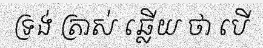
ទ្រង់ ត្រាស់ ឆ្លើយ ថា បើ